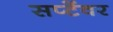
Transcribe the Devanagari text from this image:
सप्टेंवर